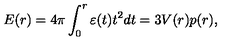
E ( r ) = 4 \pi \int _ { 0 } ^ { r } { \varepsilon ( t ) t ^ { 2 } d t } = 3 V ( r ) p ( r ) ,